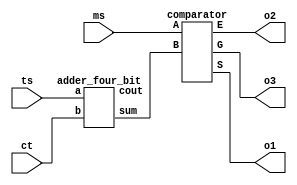
module circuit(ms,ts,ct,o1,o2,o3);

   input [3:0]ms;
   input [3:0]ts;
   input [3:0]ct;
   output o1,o2,o3;
   wire [3:0]s1;
   wire c1out;

   adder_four_bit A1(s1,c1out,ts,ct);

   comparator C1(ms,s1,o2,o3,o1);

endmodule



module adder_four_bit(output [3:0]sum, output cout , input [3:0]a,input [3:0]b);

wire c1,c2,c3,c4;

full_3 ad0( .a(a[0]), .b(b[0]),.cin(1'b0), .s(sum[0]), .cout(c1));
full_3 ad1( .a(a[1]), .b(b[1]),.cin(c1), .s(sum[1]), .cout(c2));
full_3 ad2( .a(a[2]), .b(b[2]),.cin(c2), .s(sum[2]), .cout(c3));
full_3 ad3( .a(a[3]), .b(b[3]),.cin(c3), .s(sum[3]), .cout(c4));
assign cout= c4;
endmodule

module full_3(a,b,cin,s,cout);
input a,b,cin;
output s, cout;
assign s=a^b^cin;
assign cout = (a&b) | (b&cin) | (cin&a);
endmodule

module comparator(A,B,E,G,S);
input[3:0]A;
input [3:0]B;
output E,G,S;
assign E=!(A[3]^B[3])&!(A[2]^B[2])&!(A[1]^B[1])&!(A[0]^B[0]);
assign G=(A[3]&(!(B[3])))|(!(A[3]^B[3])&(A[2]&(!(B[2]))))|((!(A[3]^B[3])&!(A[2]^B[2]))&(A[1]&(!(B[1]))))|((!(A[3]^B[3])&!(A[2]^B[2])&!(A[1]^B[1]))&(A[0]&(!(B[0]))));
assign S=(B[3]&(!(A[3])))|(!(A[3]^B[3])&(B[2]&(!(A[2]))))|((!(A[3]^B[3])&!(A[2]^B[2]))&(B[1]&(!(A[1]))))|((!(A[3]^B[3])&!(A[2]^B[2])&!(A[1]^B[1]))&(B[0]&(!(A[0]))));

endmodule